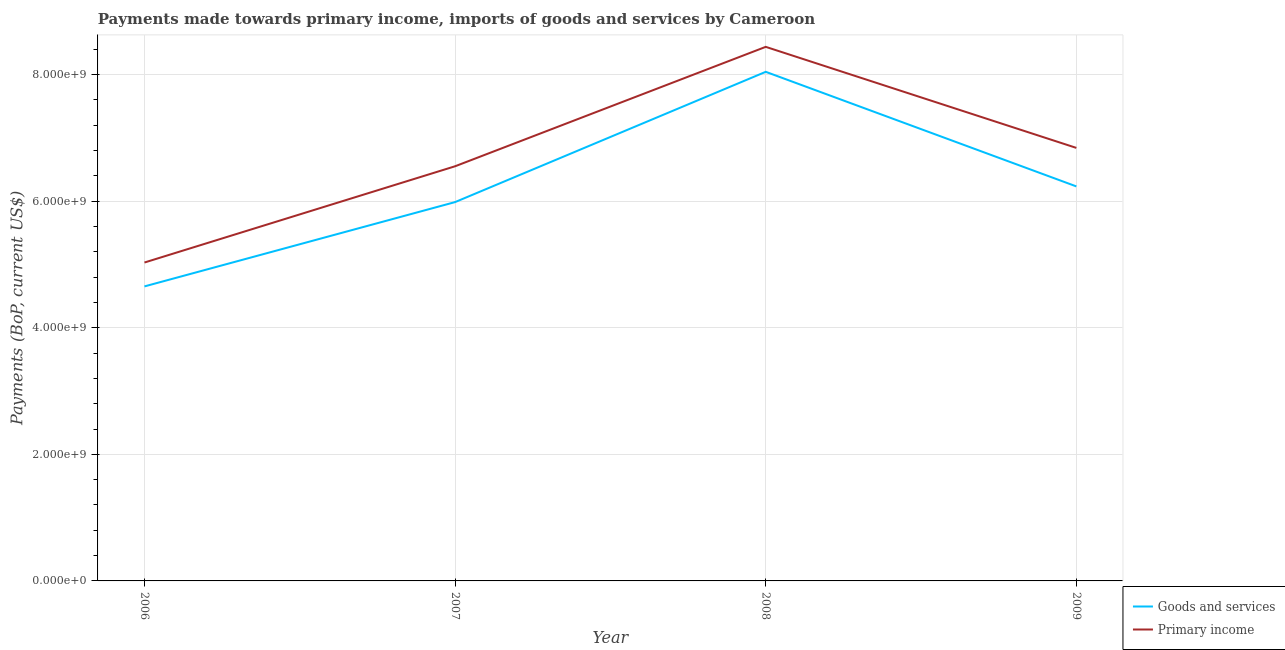
| Year | Goods and services | Primary income |
 | --- | --- | --- |
 | 2006 | 4.65e+09 | 5.03e+09 |
 | 2007 | 5.99e+09 | 6.55e+09 |
 | 2008 | 8.04e+09 | 8.44e+09 |
 | 2009 | 6.23e+09 | 6.84e+09 |